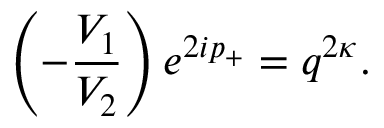
\left( - \frac { V _ { 1 } } { V _ { 2 } } \right) e ^ { 2 i p _ { + } } = q ^ { 2 \kappa } .